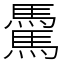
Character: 𩥋